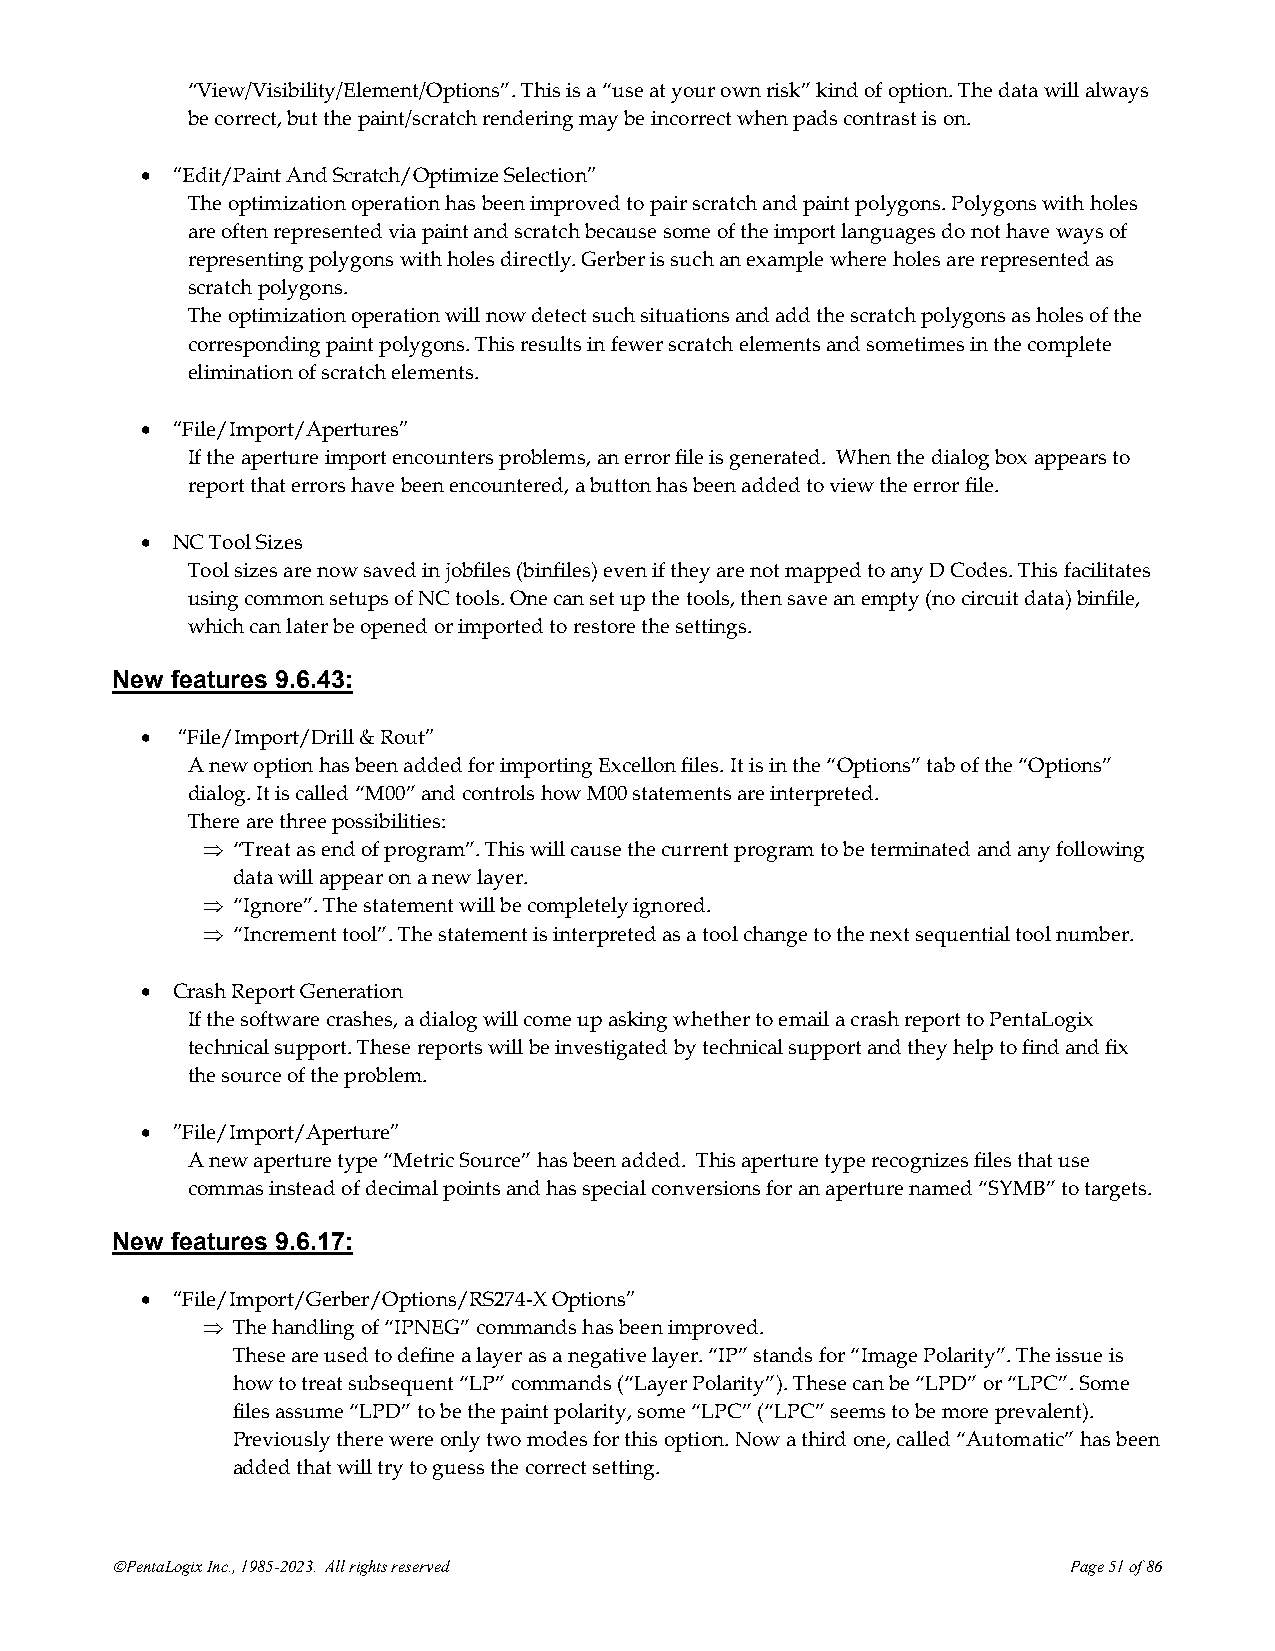
“View/Visibility/Element/Options”. This is a “use at your own risk” kind of option. The data will always
 be correct, but the paint/scratch rendering may be incorrect when pads contrast is on.
 • “Edit/Paint And Scratch/Optimize Selection”
 The optimization operation has been improved to pair scratch and paint polygons. Polygons with holes
 are often represented via paint and scratch because some of the import languages do not have ways of
 representing polygons with holes directly. Gerber is such an example where holes are represented as
 scratch polygons.
 The optimization operation will now detect such situations and add the scratch polygons as holes of the
 corresponding paint polygons. This results in fewer scratch elements and sometimes in the complete
 elimination of scratch elements.
 • “File/Import/Apertures”
 If the aperture import encounters problems, an error file is generated. When the dialog box appears to
 report that errors have been encountered, a button has been added to view the error file.
 • NC Tool Sizes
 Tool sizes are now saved in jobfiles (binfiles) even if they are not mapped to any D Codes. This facilitates
 using common setups of NC tools. One can set up the tools, then save an empty (no circuit data) binfile,
 which can later be opened or imported to restore the settings.
 New features 9.6.43:
 •  “File/Import/Drill & Rout”
 A new option has been added for importing Excellon files. It is in the “Options” tab of the “Options”
 dialog. It is called “M00” and controls how M00 statements are interpreted.
 There are three possibilities:
  “Treat as end of program”. This will cause the current program to be terminated and any following
 data will appear on a new layer.
  “Ignore”. The statement will be completely ignored.
  “Increment tool”. The statement is interpreted as a tool change to the next sequential tool number.
 • Crash Report Generation
 If the software crashes, a dialog will come up asking whether to email a crash report to PentaLogix
 technical support. These reports will be investigated by technical support and they help to find and fix
 the source of the problem.
 • ”File/Import/Aperture”
 A new aperture type “Metric Source” has been added. This aperture type recognizes files that use
 commas instead of decimal points and has special conversions for an aperture named “SYMB” to targets.
 New features 9.6.17:
 • “File/Import/Gerber/Options/RS274-X Options”
  The handling of “IPNEG” commands has been improved.
 These are used to define a layer as a negative layer. “IP” stands for “Image Polarity”. The issue is
 how to treat subsequent “LP” commands (“Layer Polarity”). These can be “LPD” or “LPC”. Some
 files assume “LPD” to be the paint polarity, some “LPC” (“LPC” seems to be more prevalent).
 Previously there were only two modes for this option. Now a third one, called “Automatic” has been
 added that will try to guess the correct setting.
 ©PentaLogix Inc., 1985-2023. All rights reserved                Page 51 of 86